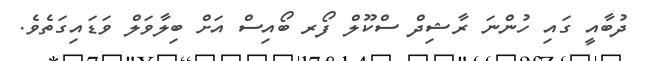
ދުބާއީ ގައި ހުންނަ ރާޝިދް ސްކޫލް ފޯރ ބޯއިސް އަށް ބިލާވަލް ވަޑައިގަތެވެ.